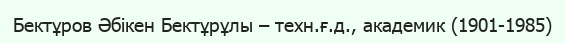
Бектұров Әбікен Бектұрұлы – техн.ғ.д., академик (1901-1985)